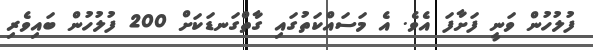
ފުލުހުން ވަނީ ފަށާފަ އެވެ. އެ މަސައްކަތުގައި ގާތްގަނޑަކަށް 200 ފުލުހުން ބައިވެރި